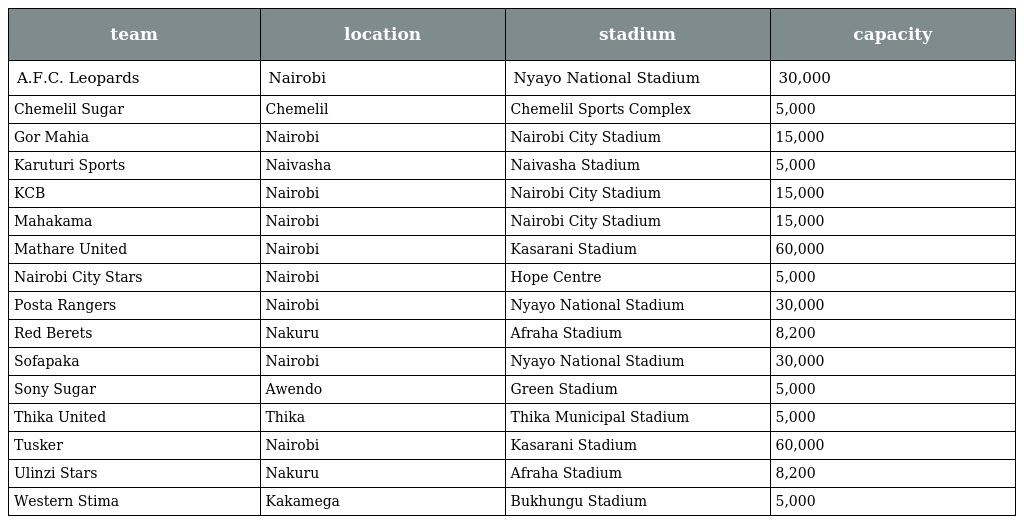
| team | location | stadium | capacity |
 | --- | --- | --- | --- |
 | A.F.C. Leopards | Nairobi | Nyayo National Stadium | 30,000 |
 | Chemelil Sugar | Chemelil | Chemelil Sports Complex | 5,000 |
 | Gor Mahia | Nairobi | Nairobi City Stadium | 15,000 |
 | Karuturi Sports | Naivasha | Naivasha Stadium | 5,000 |
 | KCB | Nairobi | Nairobi City Stadium | 15,000 |
 | Mahakama | Nairobi | Nairobi City Stadium | 15,000 |
 | Mathare United | Nairobi | Kasarani Stadium | 60,000 |
 | Nairobi City Stars | Nairobi | Hope Centre | 5,000 |
 | Posta Rangers | Nairobi | Nyayo National Stadium | 30,000 |
 | Red Berets | Nakuru | Afraha Stadium | 8,200 |
 | Sofapaka | Nairobi | Nyayo National Stadium | 30,000 |
 | Sony Sugar | Awendo | Green Stadium | 5,000 |
 | Thika United | Thika | Thika Municipal Stadium | 5,000 |
 | Tusker | Nairobi | Kasarani Stadium | 60,000 |
 | Ulinzi Stars | Nakuru | Afraha Stadium | 8,200 |
 | Western Stima | Kakamega | Bukhungu Stadium | 5,000 |